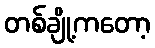
တစ်ချို့ကတော့